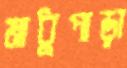
মাধুপাড়া